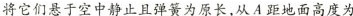
将它们悬于空中静止且弹簧为原长，从A距地面高度为